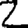
Digit: 2